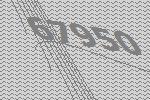
67950